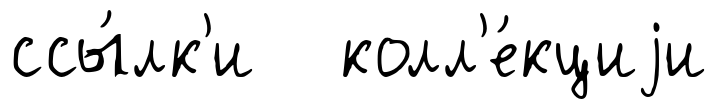
ссы́лк'и колл'е́кциjи